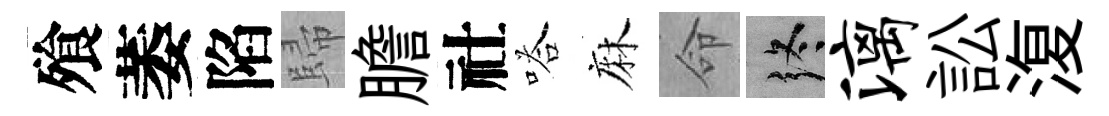
飱萎陷歸膽社嗒麻命终漓訟𣸪